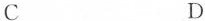
C D